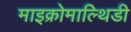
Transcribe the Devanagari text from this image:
माइक्रोमाल्थिडी